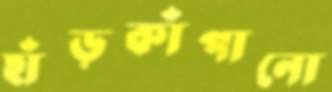
হাঁড়কাঁপানো